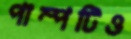
পাম্পটিও